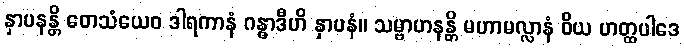
နှာပနန္တိ တေသံယေဝ ဒါရကာနံ ဂန္ဓာဒီဟိ နှာပနံ။ သမ္ဗာဟနန္တိ မဟာမလ္လာနံ ဝိယ ဟတ္ထပါဒေ